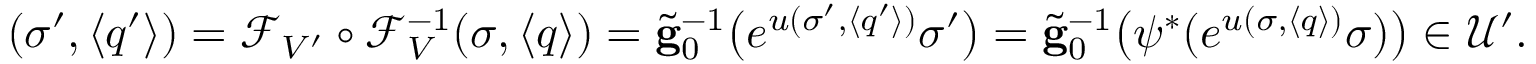
( \sigma ^ { \prime } , \langle q ^ { \prime } \rangle ) = \mathcal { F } _ { \cal { V } ^ { \prime } } \circ \mathcal { F } _ { \cal { V } } ^ { - 1 } ( \sigma , \langle q \rangle ) = \widetilde { \mathbf { g } } _ { 0 } ^ { - 1 } \big ( e ^ { u ( \sigma ^ { \prime } , \langle q ^ { \prime } \rangle ) } \sigma ^ { \prime } \big ) = \widetilde { \mathbf { g } } _ { 0 } ^ { - 1 } \big ( \psi ^ { * } ( e ^ { u ( \sigma , \langle q \rangle ) } \sigma ) \big ) \in \mathcal { U } ^ { \prime } .